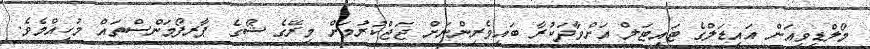
މޯލްޑިވިއަން އައިޑަލްގެ ޓައިޓަލް އަށްވާދަކުރާ ބައިވެރިންނަށް ޖަޖްކުރުމަށް މިރޭގެ ޝޯގެ ޕާރފޯމަންސްތައް މުހިއްމެވެ.